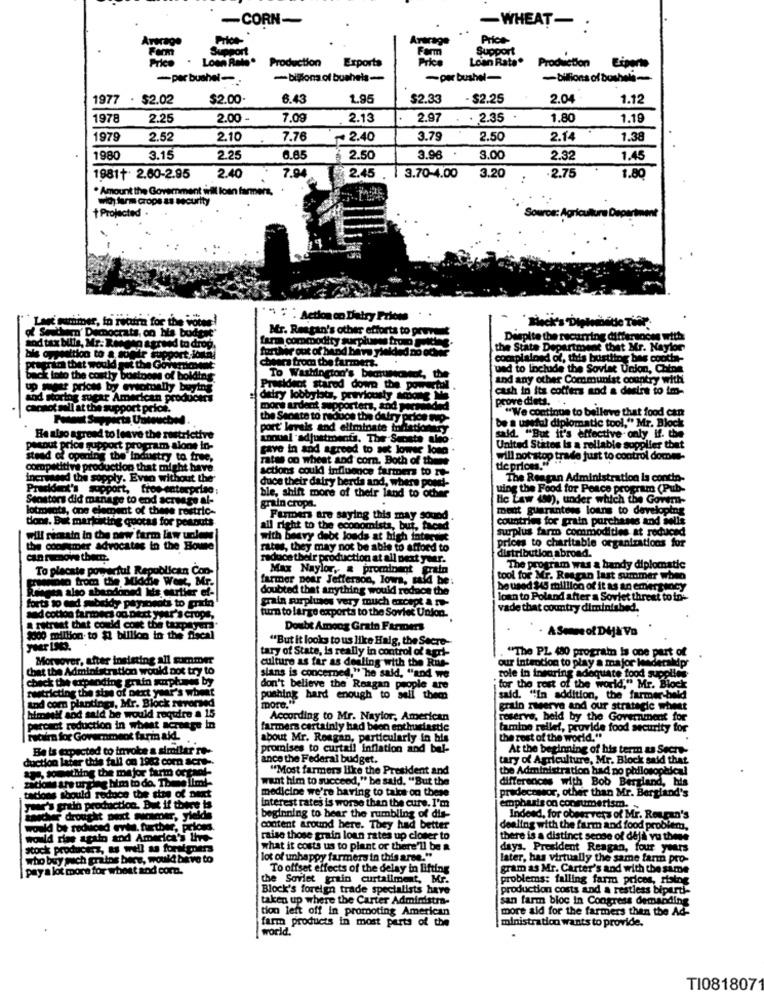
-CORN-
-WHEAT- .
Price-
Artrage
Price-
Farm
Support
Support
Production
Exporta
Loan Rate.
Production
Eiparte
-per bushel -..
- billions of bushels-
-per bushel-
-bilions of busheli-
1977 . $2.02
$2.00
6.43
1.95
$2.33
- $2.25
2.04
1.12
1978
2.25
2.00
7.09
2.13
2.97
. . 2.35
1.80
1.19
1979
2.52
2.10
7.76
~ 2.40
3.79
2.50
2.14
1.38
1980
3.15
2.25
6.65
2.50
3.96 .
3.00
2.32
1.4
3.20
2.75
1981+ 2.60-2.95
2.40
7.94
2.45
3.70-4.00
1.80
. Amount the Government will loan farmers.
wicy turm crops as secur
+ Projected .
Sowros: Agricul
Lagt mummer, in return for the voter!
"" "" Action on Dairy Prions
Sascham' Democrats, on his bodent
Mr. Reagan's other efforts to pruw.
hod tax billa, Mr. Równo
Mean &grand to drog.
Despite the recurring differences with
farma commodity surpluses fromo tet
the State Department that Mr. Naylor
port,Jomal
cheers from the farmers.
complained of, this bustling bas cooth-
grin that would get the Gover
ued to include the Soviet Union, Chips
Back into the costly busto
y business of bolding
To Washington's becuecent, the
and any other Communist country with
up metr priow by evitotually buytr
President stared down the powertil
cash in its coffers and a desire to im-
scoring mear American producer
ditiry lobbybt, previously and3
prove diets.
chot will at the support price.
mors ardent supporters, and pwc
"We continue to belleve that food can
Fedout Suspects Untouched
the Senate to reduce the dufry prios mo-
be a useful diplomatic tool," Mr. Block
port levels and eliminate inflationary
He also agreed to leave the restrictive
anual adjustments. The Senate alno-
said. "But it's effective only if. the
potout price support program alone in-
gave in and agreed to nut lower long
United States Is a rollable supplier that
stead of opening the Industry to free,
rates on wheat and corn. Both of shine
will not stop trade just to control domme-
competitive production that might have.
competitive product
tie prices."
increased the sopply. Even without the'
actions could influence farmers to re-
The Reagan Administration la contin-
President's support, fros-enterprise;
duce their dairy berds and, where porel-
uing the Food for Peace program (Pub-
Senators did manage to end acreage al-
ble, shift more of their land to och
lic Law 490), under which the Gover-
lotrosats, one element of these restric-
grain cropa.
ment guarantees loans to developing
tions. But marktating quotas for postouts
Furmers are saying this may sound .
countries for grain purchases and sells
all right to the economista, but, faend
surplus farm commodities at reduced
Will remain in the new farm law unless
with basvy debt louds at high fatmente
prices to charitable organizations for
the cooftmer advocates in the Boune
rates, they may not be able to afford to
distribution abroad.
reduce their production at all next year.
To placate powerful Republican Con-
Max Naylor, & prominent erain
The program was a handy diplomatic
hoto from the Middle West, Mr.
farmer poar Jefferson, Iowa, sald be:
tool for Mr. Reagan last summer when
Rahmen also abandoned kiis partier ef-
doubted that anything would reduce the
be used $45 million of it as an emergency
main surpluses very much except a ro-
loan to Poland after a Soviet threat to in-
forts to end mbokdy payinsats to priin'
turn to large exports to the Soviet Union.
vade that country diminished.
Nad cotton farmers on Dict year's crops,
a Titreat that could cout the taxpayera.
Doubt Among Grain Farmers
9000 million. to $1 billion in the fiscal
"But it looks to us like Halg, the Secre-
tary of State, is really in control of agri-
Moreover, after insisting all summer
culture as far as dealing with the Ris-
"The PL 480 program is one part of
that the Administration would not try to
our intention to play a major leadership
check the expanding grain muurplumes by
sians is concerned," he said, "and we
role in inearing adequate food supp
restricting the sie of next year's wheat
don't believe the Reagan people are
"for the rest of the world," Mr. Blo
tod com plantings, Mr. Block reversed
pushing hard enough to sell theca
said. "In addition, the farmer-bold
more."
grato nerve and our strategic wheat
himmil and said be would require a 15
According to Mr. Naylor, American
reserve, held by the Government for
arcact reduction in wheat acreage in
farmers certainly had been enthusiastic
lamino relle !, provide food security for
retira for Government farm akd
about Mr. Reagan, particularly in his
the rest of the world."
Be is expected to invoke a similar ro-
promises to curtail inflation and bel-
At the beginning of his term & Secre-
o later this fall on 1943 com acre -.
ance the Federal budget.
tary of Agriculture, Mr. Block said that
tys something the major farm orgaof-
"Most farmers like the President and
the Administration had no philosophical
zacion ar unpng him to do. Theme limi-
want him to succeed," be said. "But the
differences with Bob Bergland, his
tacions should reduce the sire of next
medicine we're having to take on these
predecessor, other than Mr. Bergland's
year's grain production. But if there is
Interest rates is worse than the cure. I'm
emphasis on consumerism.
tlicher drought next mucamer, yields
beginning to hear the rumbling of dis-
Indeed, for observers of Mr. Reuran's
would be reduced evite. further, prions.
content around here. They had better
dealing with the farm and food problem,
would rias again and America's Iivo-
raise those grain loan rates up closer to
there is a distinct sense of déjà vu these
Stock producerz, as well as foreigners
what it costs us to plant or there'll be a
days. President Reagan, four years
who buy pach grains bere, would beve to
lot of unhappy farmers in this aree."
later, has virtually the same farm pro-
paya lot more for wheat and com.
To offset effects of the delay in lifting
gram as Mr. Carter's and with the same
the Soviet grain curtailment, Mr.
problems: falling farm prices, rising
Block's foreign trade specialists have
production costs and a restless biparti-
taken up where the Carter Administra-
san farm bloc in Congress demanding
tion left off in promoting American
more aid for the farmers then the Ad-
farm products in most parts of the
ministration wants to provide.
world.
TI0818071